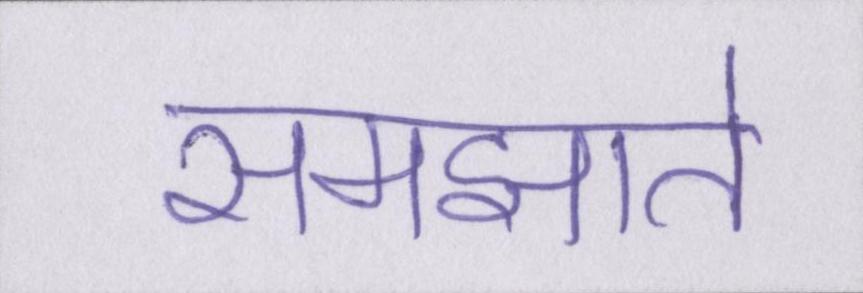
समझाते